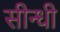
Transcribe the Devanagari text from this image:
सीन्धी